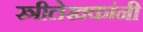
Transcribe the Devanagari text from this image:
स्त्रीलेखकांनी